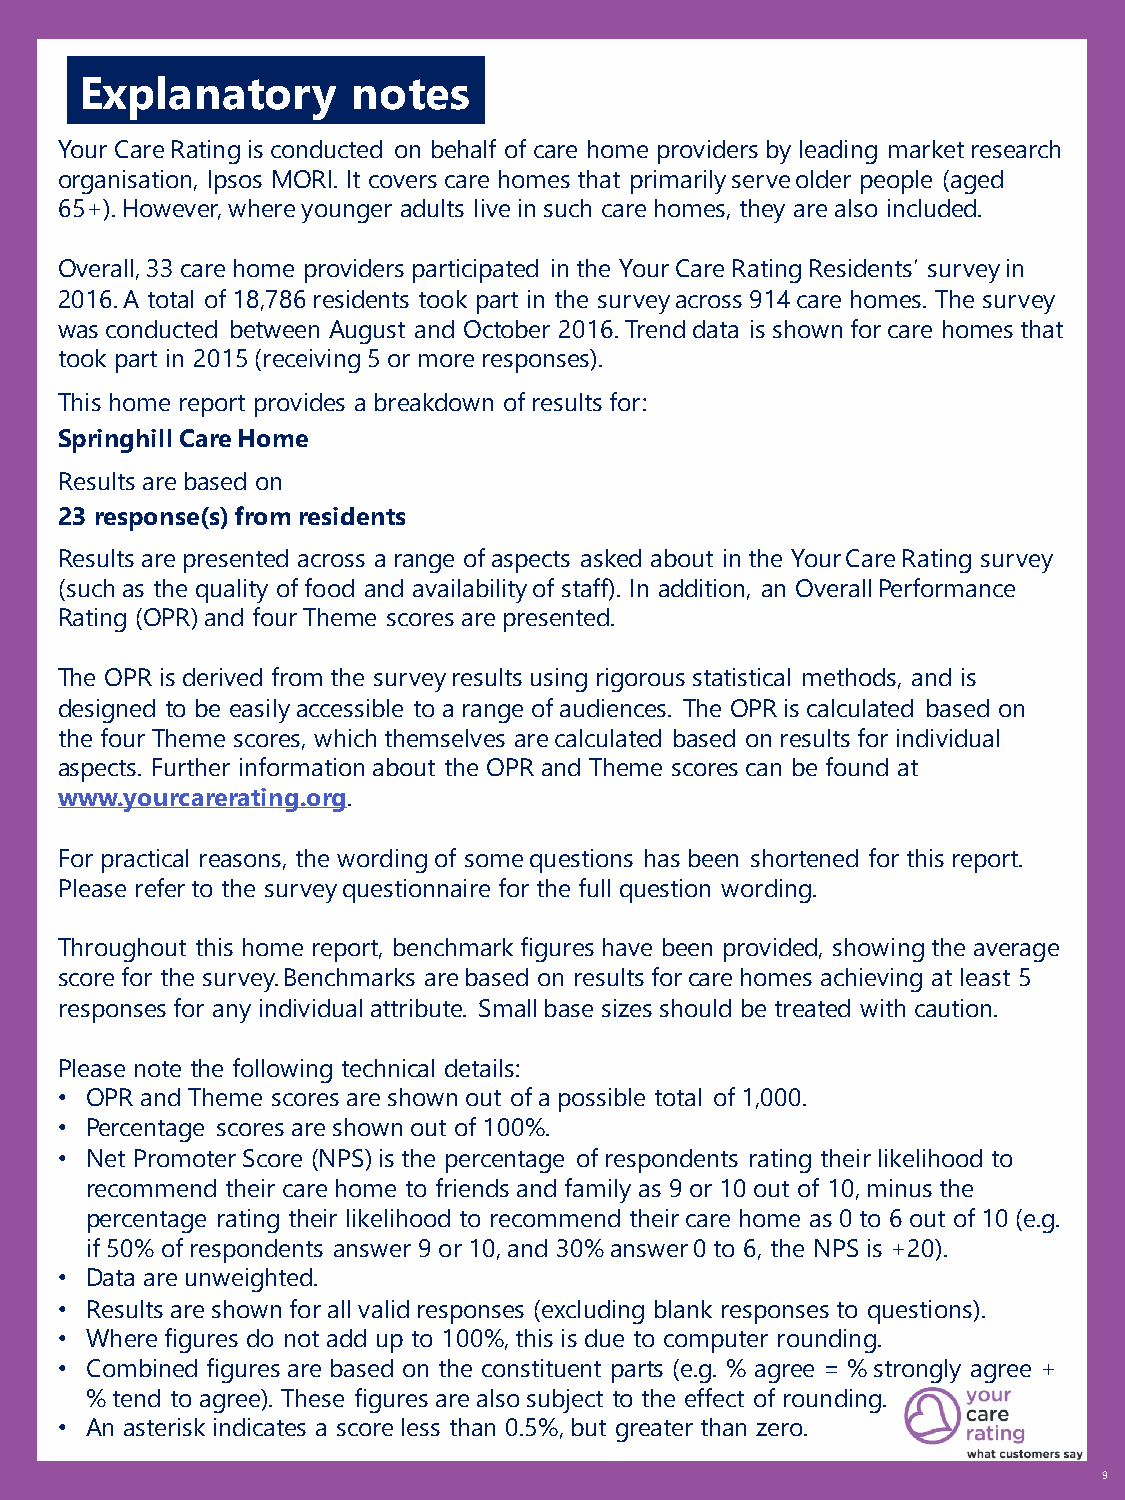
Explanatory       notes
 Your Care Rating is conducted on behalf of care home providers by leading market research
 organisation, Ipsos MORI. It covers care homes that primarily serve older people (aged
 65+). However, where younger adults live in such care homes, they are also included.
 Overall, 33 care home providers participated in the Your Care Rating Residents’ survey in
 2016. A total of 18,786 residents took part in the survey across 914 care homes. The survey
 was conducted between August and October 2016. Trend data is shown for care homes that
 took part in 2015 (receiving 5 or more responses).
 This home report provides a breakdown of results for:
 Springhill Care Home
 Results are based on
 23 response(s) from residents
 Results are presented across a range of aspects asked about in the Your Care Rating survey
 (such as the quality of food and availability of staff). In addition, an Overall Performance
 Rating (OPR) and four Theme scores are presented.
 The OPR is derived from the survey results using rigorous statistical methods, and is
 designed to be easily accessible to a range of audiences. The OPR is calculated based on
 the four Theme scores, which themselves are calculated based on results for individual
 aspects. Further information about the OPR and Theme scores can be found at
 www.yourcarerating.org.
 For practical reasons, the wording of some questions has been shortened for this report.
 Please refer to the survey questionnaire for the full question wording.
 Throughout this home report, benchmark figures have been provided, showing the average
 score for the survey. Benchmarks are based on results for care homes achieving at least 5
 responses for any individual attribute. Small base sizes should be treated with caution.
 Please note the following technical details:
 • OPR and Theme scores are shown out of a possible total of 1,000.
 • Percentage scores are shown out of 100%.
 • Net Promoter Score (NPS) is the percentage of respondents rating their likelihood to
 recommend their care home to friends and family as 9 or 10 out of 10, minus the
 percentage rating their likelihood to recommend their care home as 0 to 6 out of 10 (e.g.
 if 50% of respondents answer 9 or 10, and 30% answer 0 to 6, the NPS is +20).
 • Data are unweighted.
 • Results are shown for all valid responses (excluding blank responses to questions).
 • Where figures do not add up to 100%, this is due to computer rounding.
 • Combined figures are based on the constituent parts (e.g. % agree = % strongly agree +
 % tend to agree). These figures are also subject to the effect of rounding.
 • An asterisk indicates a score less than 0.5%, but greater than zero.
 9